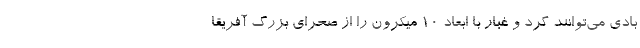
بادی می‌توانند گرد و غبار با ابعاد ۱۰ میکرون را از صحرای بزرگ آفریقا